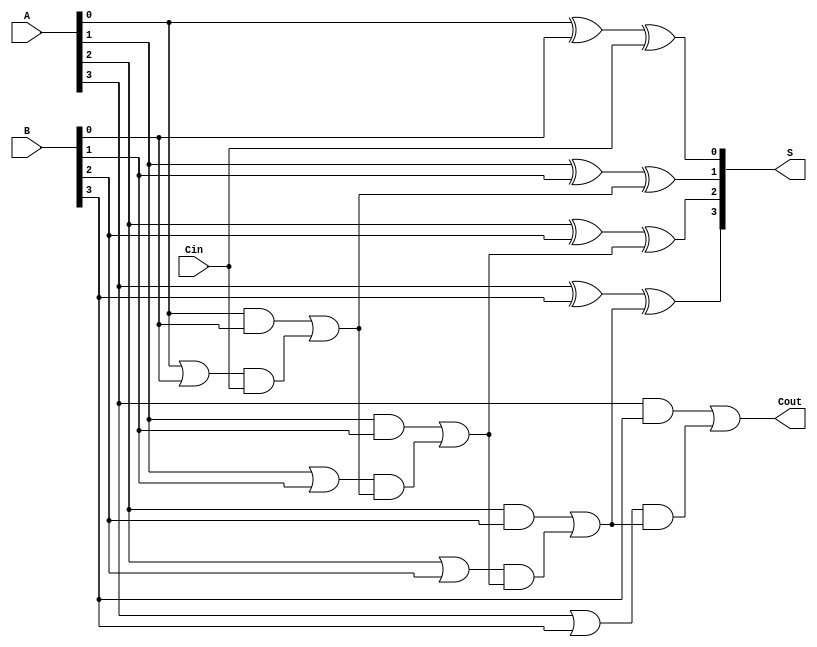
module ManchesterCarryChainAdder #(
    parameter n = 4 // Bit width, can be adjusted as needed
)(
    input [n-1:0] A,     // First n-bit input
    input [n-1:0] B,     // Second n-bit input
    input Cin,           // Carry-in input
    output [n-1:0] S,    // n-bit sum output
    output Cout          // Carry-out output
);

    // Generate (G) and Propagate (P) signals
    wire [n-1:0] G; // Carry Generate
    wire [n-1:0] P; // Carry Propagate
    wire [n:0] C;   // Carry signals

    // Calculate Generate and Propagate signals
    generate
        genvar i;
        for (i = 0; i < n; i = i + 1) begin : carry_gen_prop
            assign G[i] = A[i] & B[i];           // Carry Generate
            assign P[i] = A[i] | B[i];           // Carry Propagate
        end
    endgenerate

    // Carry calculation
    assign C[0] = Cin; // Initial carry input
    generate
        for (i = 0; i < n; i = i + 1) begin : carry_chain
            if (i == 0) begin
                assign C[i + 1] = G[i] | (P[i] & C[i]);
            end else begin
                assign C[i + 1] = G[i] | (P[i] & C[i]);
            end
        end
    endgenerate

    // Sum calculation
    generate
        for (i = 0; i < n; i = i + 1) begin : sum_calc
            assign S[i] = A[i] ^ B[i] ^ C[i]; // Sum
        end
    endgenerate

    // Carry-out output
    assign Cout = C[n]; // Final carry-out

endmodule